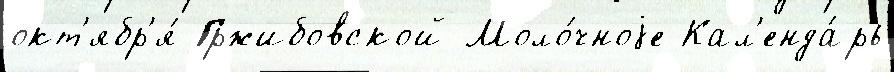
окт'ябр'я́ Гржибовской Моло́чноjе Кал'енда́рь